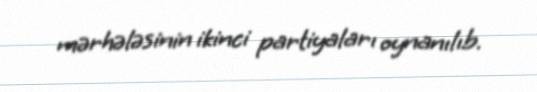
mərhələsinin ikinci partiyaları oynanılıb.